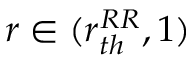
r \in ( r _ { t h } ^ { R R } , 1 )